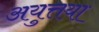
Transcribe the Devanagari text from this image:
अयुत्तया